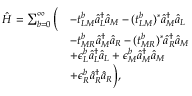
\begin{array} { r l } { \hat { H } = \sum _ { b = 0 } ^ { \infty } \bigg ( } & { - t _ { L M } ^ { b } \hat { a } _ { L } ^ { \dagger } \hat { a } _ { M } - ( t _ { L M } ^ { b } ) ^ { * } \hat { a } _ { M } ^ { \dagger } \hat { a } _ { L } } \\ & { - t _ { M R } ^ { b } \hat { a } _ { M } ^ { \dagger } \hat { a } _ { R } - ( t _ { M R } ^ { b } ) ^ { * } \hat { a } _ { R } ^ { \dagger } \hat { a } _ { M } } \\ & { + \epsilon _ { L } ^ { b } \hat { a } _ { L } ^ { \dagger } \hat { a } _ { L } + \epsilon _ { M } ^ { b } \hat { a } _ { M } ^ { \dagger } \hat { a } _ { M } } \\ & { + \epsilon _ { R } ^ { b } \hat { a } _ { R } ^ { \dagger } \hat { a } _ { R } \bigg ) , } \end{array}